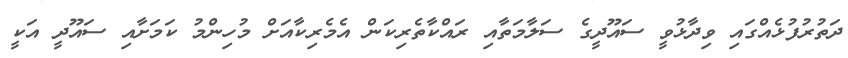
ދަތުރުފުޅެއްގައި ވިދާޅުވީ ސައޫދީގެ ސަލާމަތާއި ރައްކާތެރިކަން އެމެރިކާއަށް މުހިންމު ކަމަށާއި ސައޫދީ އަކީ